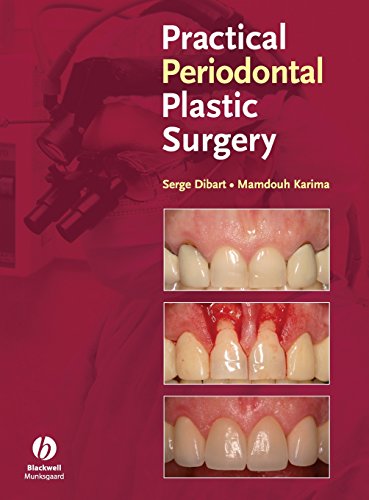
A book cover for Practical Periodontal Plastic Surgery; Medical Books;